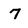
Character: 7